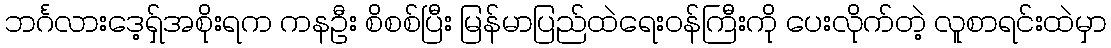
ဘင်္ဂလားဒေ့ရှ်အစိုးရက ကနဦး စိစစ်ပြီး မြန်မာပြည်ထဲရေးဝန်ကြီးကို ပေးလိုက်တဲ့ လူစာရင်းထဲမှာ